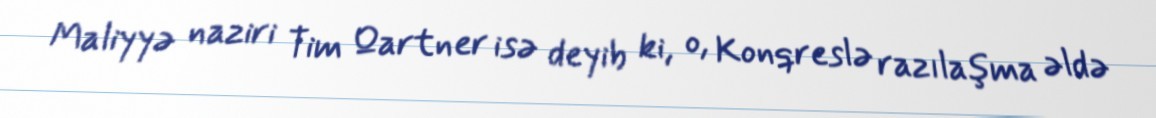
Maliyyə naziri Tim Qartner isə deyib ki, o, Konqreslə razılaşma əldə